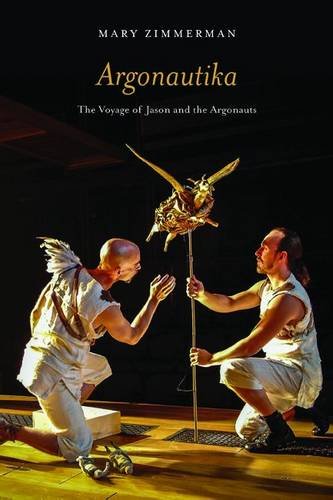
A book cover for Argonautika: The Voyage of Jason and the Argonauts; Mary Zimmerman; Literature & Fiction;